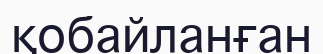
қобайланған